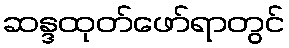
ဆန္ဒထုတ်ဖော်ရာတွင်